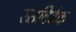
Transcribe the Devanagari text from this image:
रसविवेक